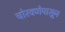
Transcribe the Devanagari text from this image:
चोरवणेपासून